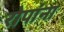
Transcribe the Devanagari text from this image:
रोपांना